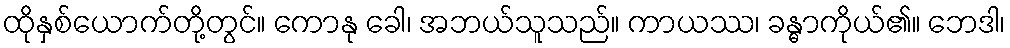
ထိုနှစ်ယောက်တို့တွင်။ ကောနု ခေါ၊ အဘယ်သူသည်။ ကာယဿ၊ ခန္ဓာကိုယ်၏။ ဘေဒါ၊